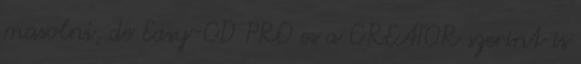
masolni, de Easy-CD PRO es a CREATOR szerint is